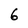
Character: 6